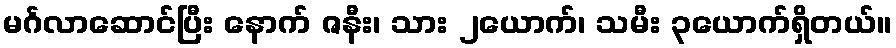
မင်္ဂလာဆောင်ပြီး နောက် ဇနီး၊ သား ၂ယောက်၊ သမီး ၃ယောက်ရှိတယ်။